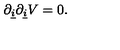
\partial _ { \underline { { i } } } \partial _ { \underline { { i } } } V = 0 .